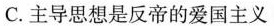
C.主导思想是反帝的爱国主义